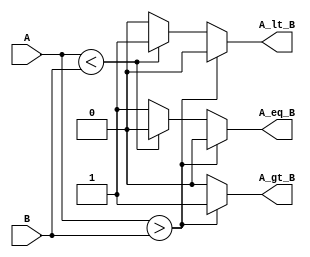
module ParameterizedComparator #(
    parameter WIDTH = 8  // Parameter to define the bit width
)(
    input  wire [WIDTH-1:0] A,  // Input A
    input  wire [WIDTH-1:0] B,  // Input B
    output reg  A_gt_B,          // Output: A > B
    output reg  A_lt_B,          // Output: A < B
    output reg  A_eq_B           // Output: A == B
);

    // Always block to handle comparisons
    always @* begin
        // Initialize outputs
        A_gt_B = 1'b0;
        A_lt_B = 1'b0;
        A_eq_B = 1'b0;

        // Comparison logic
        if (A > B) begin
            A_gt_B = 1'b1;
        end else if (A < B) begin
            A_lt_B = 1'b1;
        end else begin
            A_eq_B = 1'b1;
        end
    end

endmodule